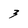
Character: 3